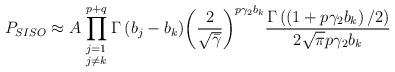
LaTeX: \begin{align*}{{P}_{SISO}}\approx A \prod\limits_{\begin{smallmatrix} j=1 \\ j\ne k\end{smallmatrix}}^{p+q}{\Gamma \left( {{b}_{j}}-{{b}_{k}} \right)}{{\left( \frac{2}{\sqrt{{\bar{\gamma }}}} \right)}^{p{{\gamma }_{2}}{{b}_{k}}}}\frac{\Gamma \left( \left( 1+p{{\gamma }_{2}}{{b}_{k}} \right)/2 \right)}{2\sqrt{\pi }p{{\gamma }_{2}}{{b}_{k}}}\end{align*}